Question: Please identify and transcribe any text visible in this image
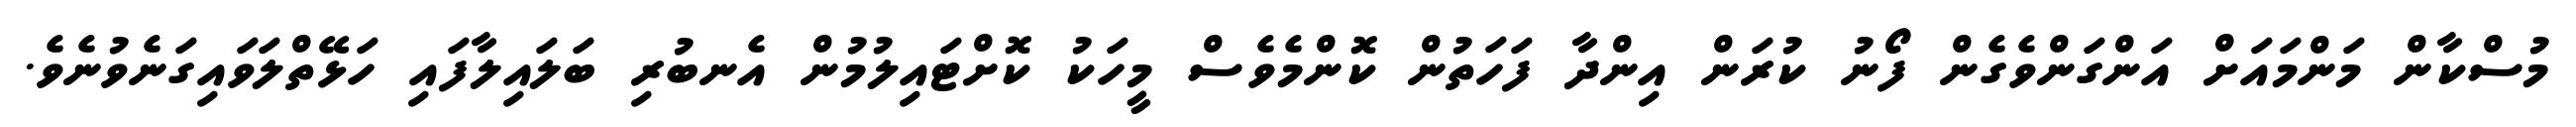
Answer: މުސްކާން މަންމައަށް އަންގަންވެގެން ފޯނު ކުރަން އިންދާ ފަހަތުން ކޮންމެވެސް މީހަކު ކޮށްޓައިލުމުން އެނބުރި ބަލައިލާފައި ހަޅޭތްލަވައިގަނެވުނެވެ.